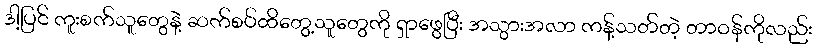
ဒါ့ပြင် ကူးစက်သူတွေနဲ့ ဆက်စပ်ထိတွေ့သူတွေကို ရှာဖွေပြီး အသွားအလာ ကန့်သတ်တဲ့ တာဝန်ကိုလည်း